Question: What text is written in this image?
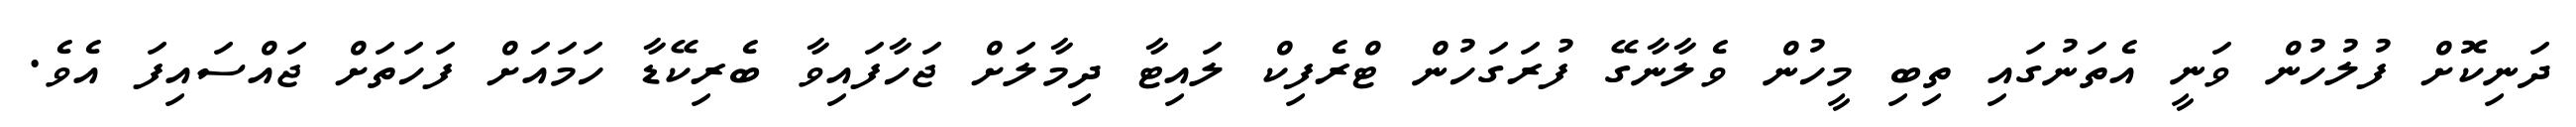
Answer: ދަނިކޮށް ފުލުހުން ވަނީ އެތަނުގައި ތިބި މީހުން ވެލާނާގޭ ފުރަގަހުން ޓްރެފިކް ލައިޓާ ދިމާލަށް ޖަހާފައިވާ ބެރިކޭޑާ ހަމައަށް ފަހަތަށް ޖައްސައިފަ އެވެ.